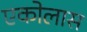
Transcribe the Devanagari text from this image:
एकोलास